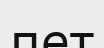
пет